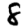
Digit: 8